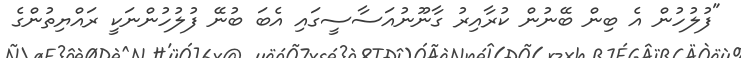
"ފުލުހުން އެ ބިން ބޭނުން ކުރާއިރު ގާނޫނުއަސާސީގައި އެބަ ބުނޭ ފުލުހުންނަކީ ރައްޔިތުންގެ